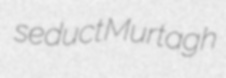
seduct Murtagh